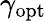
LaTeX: \gamma_{\mathrm{opt}}